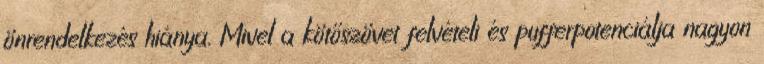
önrendelkezés hiánya. Mivel a kötőszövet felvételi és pufferpotenciálja nagyon